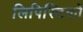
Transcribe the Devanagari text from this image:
लिपिस्टिकों